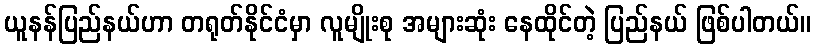
ယူနန်ပြည်နယ်ဟာ တရုတ်နိုင်ငံမှာ လူမျိုးစု အများဆုံး နေထိုင်တဲ့ ပြည်နယ် ဖြစ်ပါတယ်။